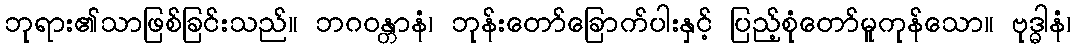
ဘုရား၏သာဖြစ်ခြင်းသည်။ ဘဂဝန္တာနံ၊ ဘုန်းတော်ခြောက်ပါးနှင့် ပြည့်စုံတော်မူကုန်သော။ ဗုဒ္ဓါနံ၊